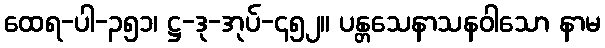
ထေရ-ပါ-၃၅၁၊ ဋ္ဌ-ဒု-အုပ်-၄၅၂။ ပန္တသေနာသနဝါသော နာမ